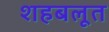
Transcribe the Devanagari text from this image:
शहबलूत